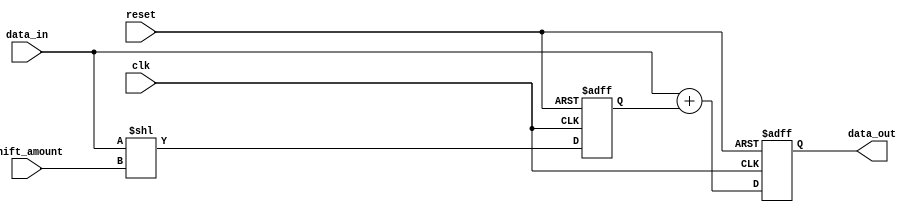
module ShiftAndAddRegister(
    input [7:0] data_in,
    input shift_amount,
    input clk,
    input reset,
    output reg [7:0] data_out
    );

    reg [7:0] shifted_data;

    always @(posedge clk or posedge reset) begin
        if (reset) begin
            shifted_data <= 8'b0;
        end else begin
            shifted_data <= data_in << shift_amount; //shift input data by shift_amount bits
        end
    end

    always @(posedge clk or posedge reset) begin
        if (reset) begin
            data_out <= 8'b0;
        end else begin
            data_out <= data_in + shifted_data; //add shifted data to original input
        end
    end

endmodule